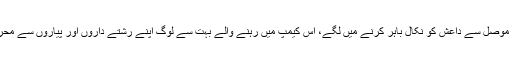
ان 9 مہینوں کے دوران جو عراقی حکومت کو موصل سے داعش کو نکال باہر کرنے میں لگے، اس کیمپ میں رہنے والے بہت سے لوگ اپنے رشتے داروں اور پیاروں سے محروم ہو گئے اور ان کے گھر تباہ ہو چکے ہیں ۔